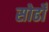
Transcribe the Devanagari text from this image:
सोढोँ